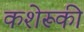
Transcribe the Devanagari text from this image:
कशेरूकी